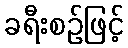
ခရီးစဉ်ဖြင့်